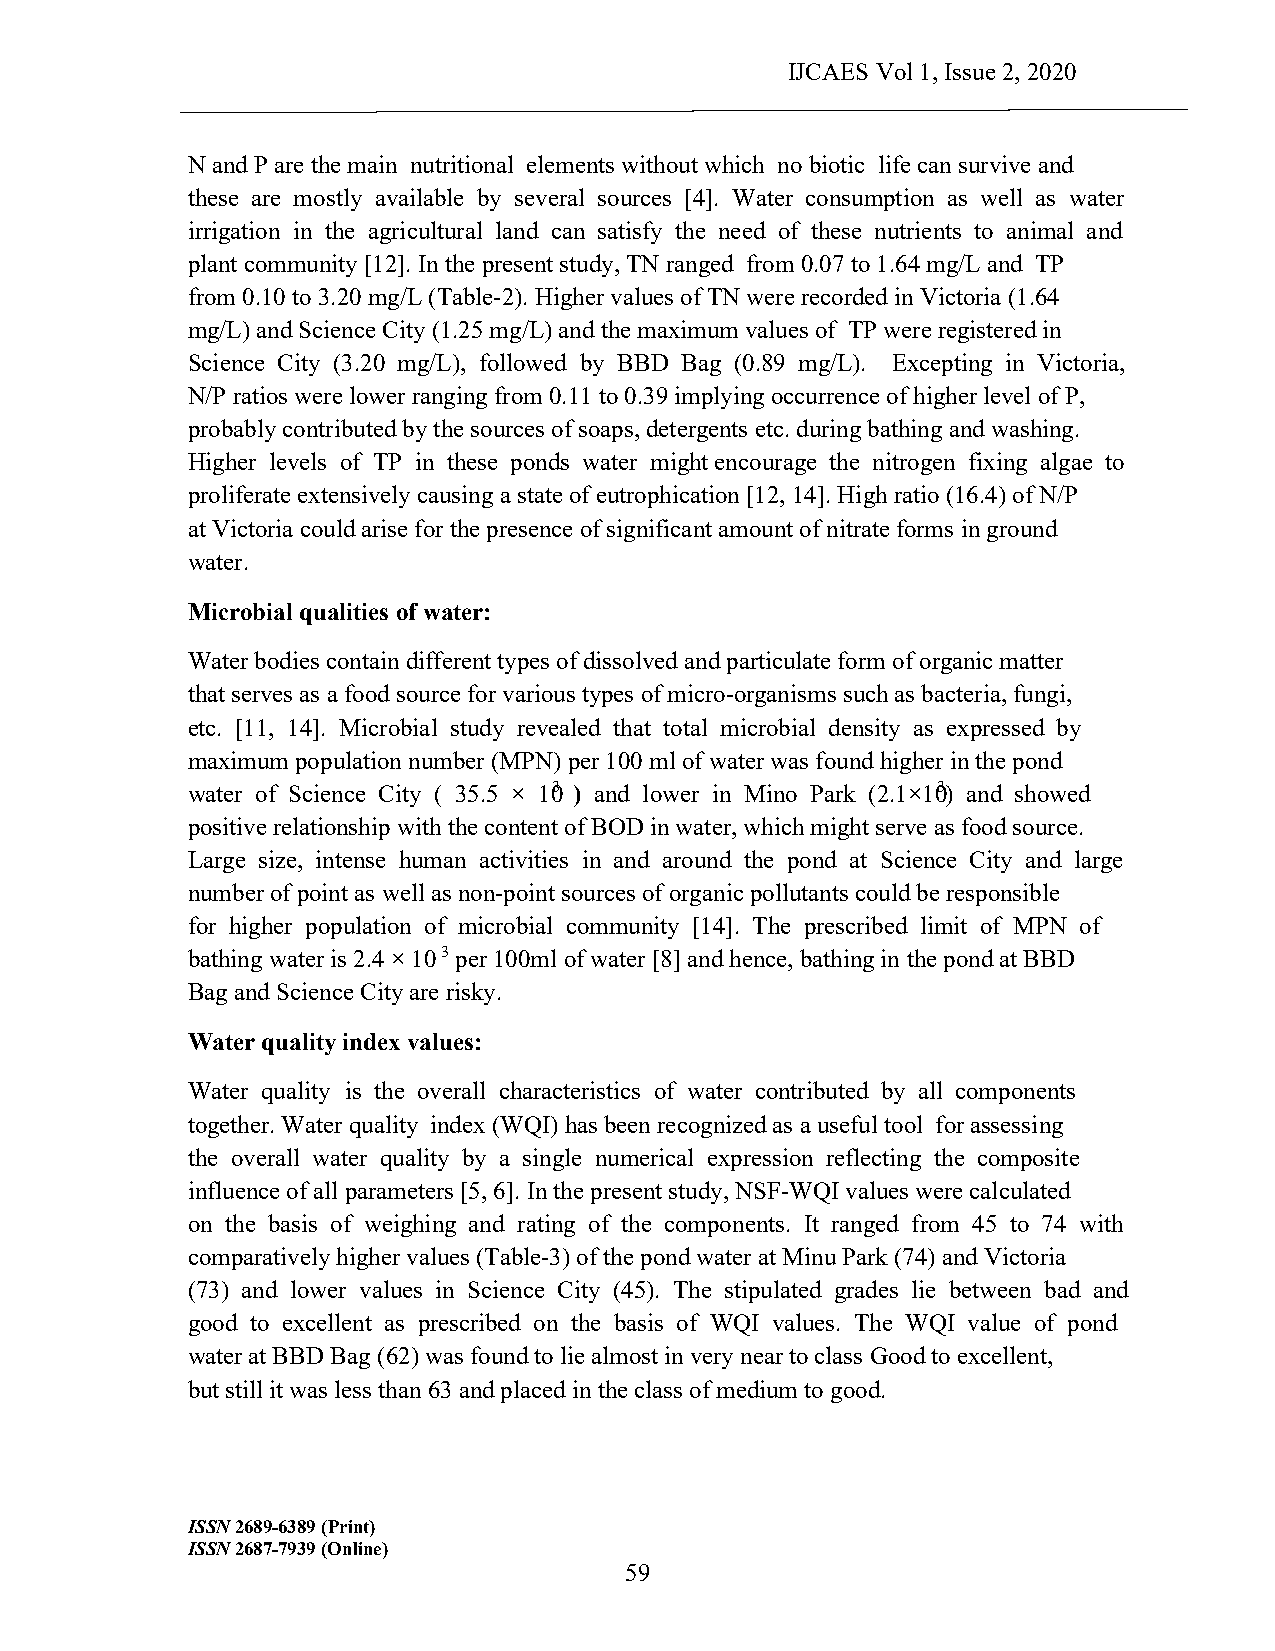
IJCAES Vol 1, Issue 2, 2020
 N and P are the main nutritional elements without which no biotic life can survive and
 these are mostly available by several sources [4]. Water consumption as well as water
 irrigation in the agricultural land can satisfy the need of these nutrients to animal and
 plant community [12]. In the present study, TN ranged from 0.07 to 1.64 mg/L and TP
 from 0.10 to 3.20 mg/L (Table-2). Higher values of TN were recorded in Victoria (1.64
 mg/L) and Science City (1.25 mg/L) and the maximum values of TP were registered in
 Science City (3.20 mg/L), followed by BBD Bag (0.89 mg/L). Excepting in Victoria,
 N/P ratios were lower ranging from 0.11 to 0.39 implying occurrence of higher level of P,
 probably contributed by the sources of soaps, detergents etc. during bathing and washing.
 Higher levels of TP in these ponds water might encourage the nitrogen fixing algae to
 proliferate extensively causing a state of eutrophication [12, 14]. High ratio (16.4) of N/P
 at Victoria could arise for the presence of significant amount of nitrate forms in ground
 water.
 Microbial qualities of water:
 Water bodies contain different types of dissolved and particulate form of organic matter
 that serves as a food source for various types of micro-organisms such as bacteria, fungi,
 etc. [11, 14]. Microbial study revealed that total microbial density as expressed by
 maximum population number (MPN) per 100 ml of water was found higher in the pond
 water of Science City ( 35.5 × 103 ) and lower in Mino Park (2.1×103) and showed
 positive relationship with the content of BOD in water, which might serve as food source.
 Large size, intense human activities in and around the pond at Science City and large
 number of point as well as non-point sources of organic pollutants could be responsible
 for higher population of microbial community [14]. The prescribed limit of MPN of
 bathing water is 2.4 × 103 per 100ml of water [8] and hence, bathing in the pond at BBD
 Bag and Science City are risky.
 Water quality index values:
 Water quality is the overall characteristics of water contributed by all components
 together. Water quality index (WQI) has been recognized as a useful tool for assessing
 the overall water quality by a single numerical expression reflecting the composite
 influence of all parameters [5, 6]. In the present study, NSF-WQI values were calculated
 on the basis of weighing and rating of the components. It ranged from 45 to 74 with
 comparatively higher values (Table-3) of the pond water at Minu Park (74) and Victoria
 (73) and lower values in Science City (45). The stipulated grades lie between bad and
 good to excellent as prescribed on the basis of WQI values. The WQI value of pond
 water at BBD Bag (62) was found to lie almost in very near to class Good to excellent,
 but still it was less than 63 and placed in the class of medium to good.
 ISSN 2689-6389 (Print)
 ISSN 2687-7939 (Online)
 59